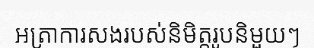
អត្រាការសងរបស់និមិត្តរូបនិមួយៗ